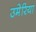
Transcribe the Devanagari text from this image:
उमेरिया